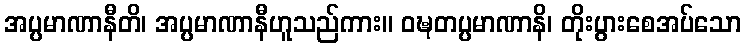
အပ္ပမာဏာနီတိ၊ အပ္ပမာဏာနီဟူသည်ကား။ ဝဍ္ဎတပ္ပမာဏာနိ၊ တိုးပွားစေအပ်သော